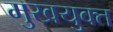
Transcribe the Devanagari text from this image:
मुखयुक्त